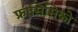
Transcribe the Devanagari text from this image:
फ्रांसिसिको